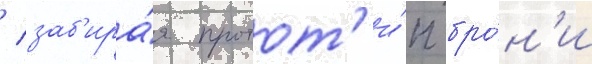
/ заб'ира́я протот'и́п бро́н'и